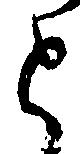
と